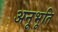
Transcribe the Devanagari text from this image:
अनूभूति